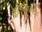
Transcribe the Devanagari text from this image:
कैम्पियोनैटो